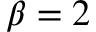
\beta = 2